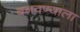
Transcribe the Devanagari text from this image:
बनवण्याला